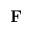
\textbf { F }